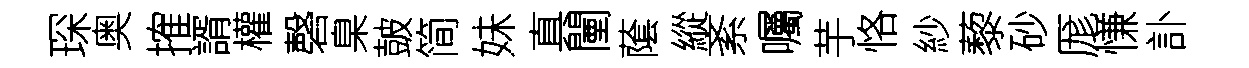
琛奥搉諝權磬臬皷简妹真闉䕃縱紊囑芋恪紗藜砂厖慊訃